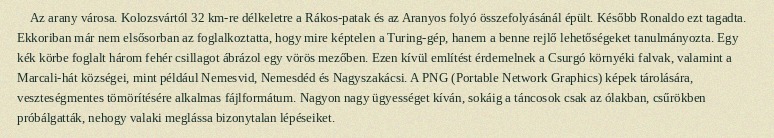
Az arany városa. Kolozsvártól 32 km-re délkeletre a Rákos-patak és az Aranyos folyó összefolyásánál épült. Később Ronaldo ezt tagadta. Ekkoriban már nem elsősorban az foglalkoztatta, hogy mire képtelen a Turing-gép, hanem a benne rejlő lehetőségeket tanulmányozta. Egy kék körbe foglalt három fehér csillagot ábrázol egy vörös mezőben. Ezen kívül említést érdemelnek a Csurgó környéki falvak, valamint a Marcali-hát községei, mint például Nemesvid, Nemesdéd és Nagyszakácsi. A PNG (Portable Network Graphics) képek tárolására, veszteségmentes tömörítésére alkalmas fájlformátum. Nagyon nagy ügyességet kíván, sokáig a táncosok csak az ólakban, csűrökben próbálgatták, nehogy valaki meglássa bizonytalan lépéseiket.